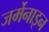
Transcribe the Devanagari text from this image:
जर्मेनाइन